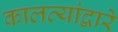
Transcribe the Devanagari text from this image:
कालव्यांद्वारे